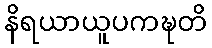
နိရယာယူပကဍ္ဎတိ